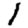
Digit: 1